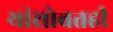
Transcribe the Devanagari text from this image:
यांसोबतही